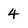
Character: 4